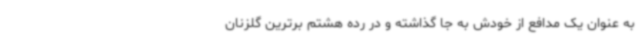
به عنوان یک مدافع از خودش به جا گذاشته و در رده هشتم برترین گلزنان